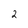
Character: 2